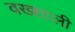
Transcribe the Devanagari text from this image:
वख्शाली